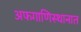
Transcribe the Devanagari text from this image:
अफगाणिस्थानात